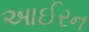
આઈરન